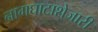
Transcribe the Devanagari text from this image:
नागघाटाशेजारी